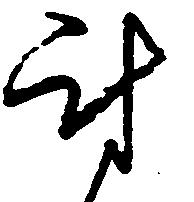
討